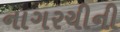
નાગરચીની